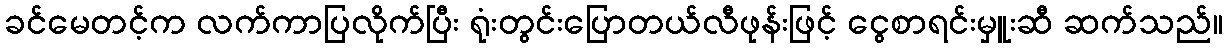
ခင်မေတင့်က လက်ကာပြလိုက်ပြီး ရုံးတွင်းပြောတယ်လီဖုန်းဖြင့် ငွေစာရင်းမှူးဆီ ဆက်သည်။